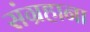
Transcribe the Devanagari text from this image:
संग्रहाना